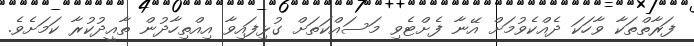
ފަރާތްތަކާ ވާހަކަ ދެއްކެވުމަށް އޭނާ ފެށްޓެވި މަސައްކަތަށް ގުޅިފައިވާ އިއްތިހާދުން ތާއީދުކުރާ ކަމަށެވެ.